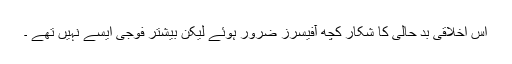
اس اخلاقی بد حالی کا شکار کچھ آفیسرز ضرور ہوئے لیکن بیشتر فوجی ایسے نہیں تھے ۔